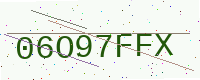
Text: 06O97FFX